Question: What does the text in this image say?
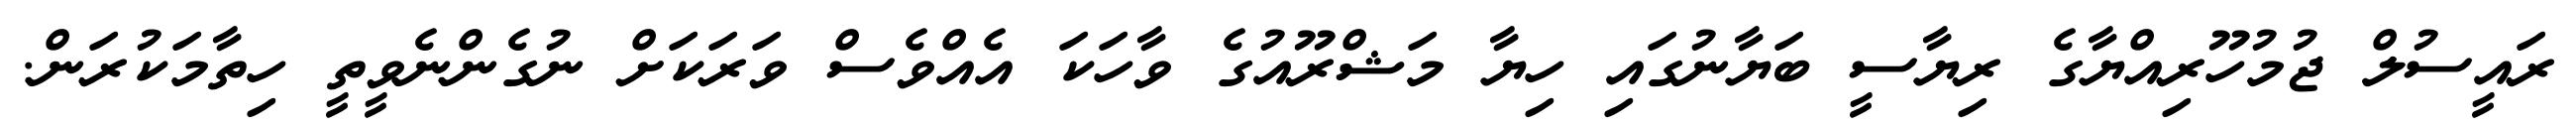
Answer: ރައީސުލް ޖުމުހޫރިއްޔާގެ ރިޔާސީ ބަޔާނުގައި ހިޔާ މަޝްރޫއުގެ ވާހަކަ އެއްވެސް ވަރަކަށް ނުގެންނެވީތީ ހިތާމަކުރަން.